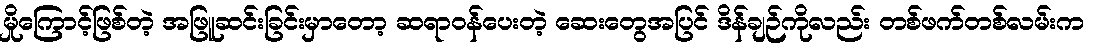
မှိုကြောင့်ဖြစ်တဲ့ အဖြူဆင်းခြင်းမှာတော့ ဆရာဝန်ပေးတဲ့ ဆေးတွေအပြင် ဒိန်ချဉ်ကိုလည်း တစ်ဖက်တစ်လမ်းက